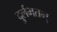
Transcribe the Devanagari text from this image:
दुर्लभतम्